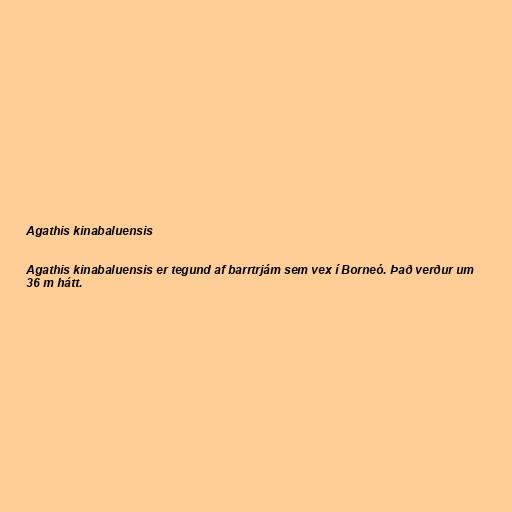
Agathis kinabaluensis

Agathis kinabaluensis er tegund af barrtrjám sem vex í Borneó. Það verður um
36 m hátt.